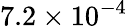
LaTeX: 7.2\times 10^{-4}